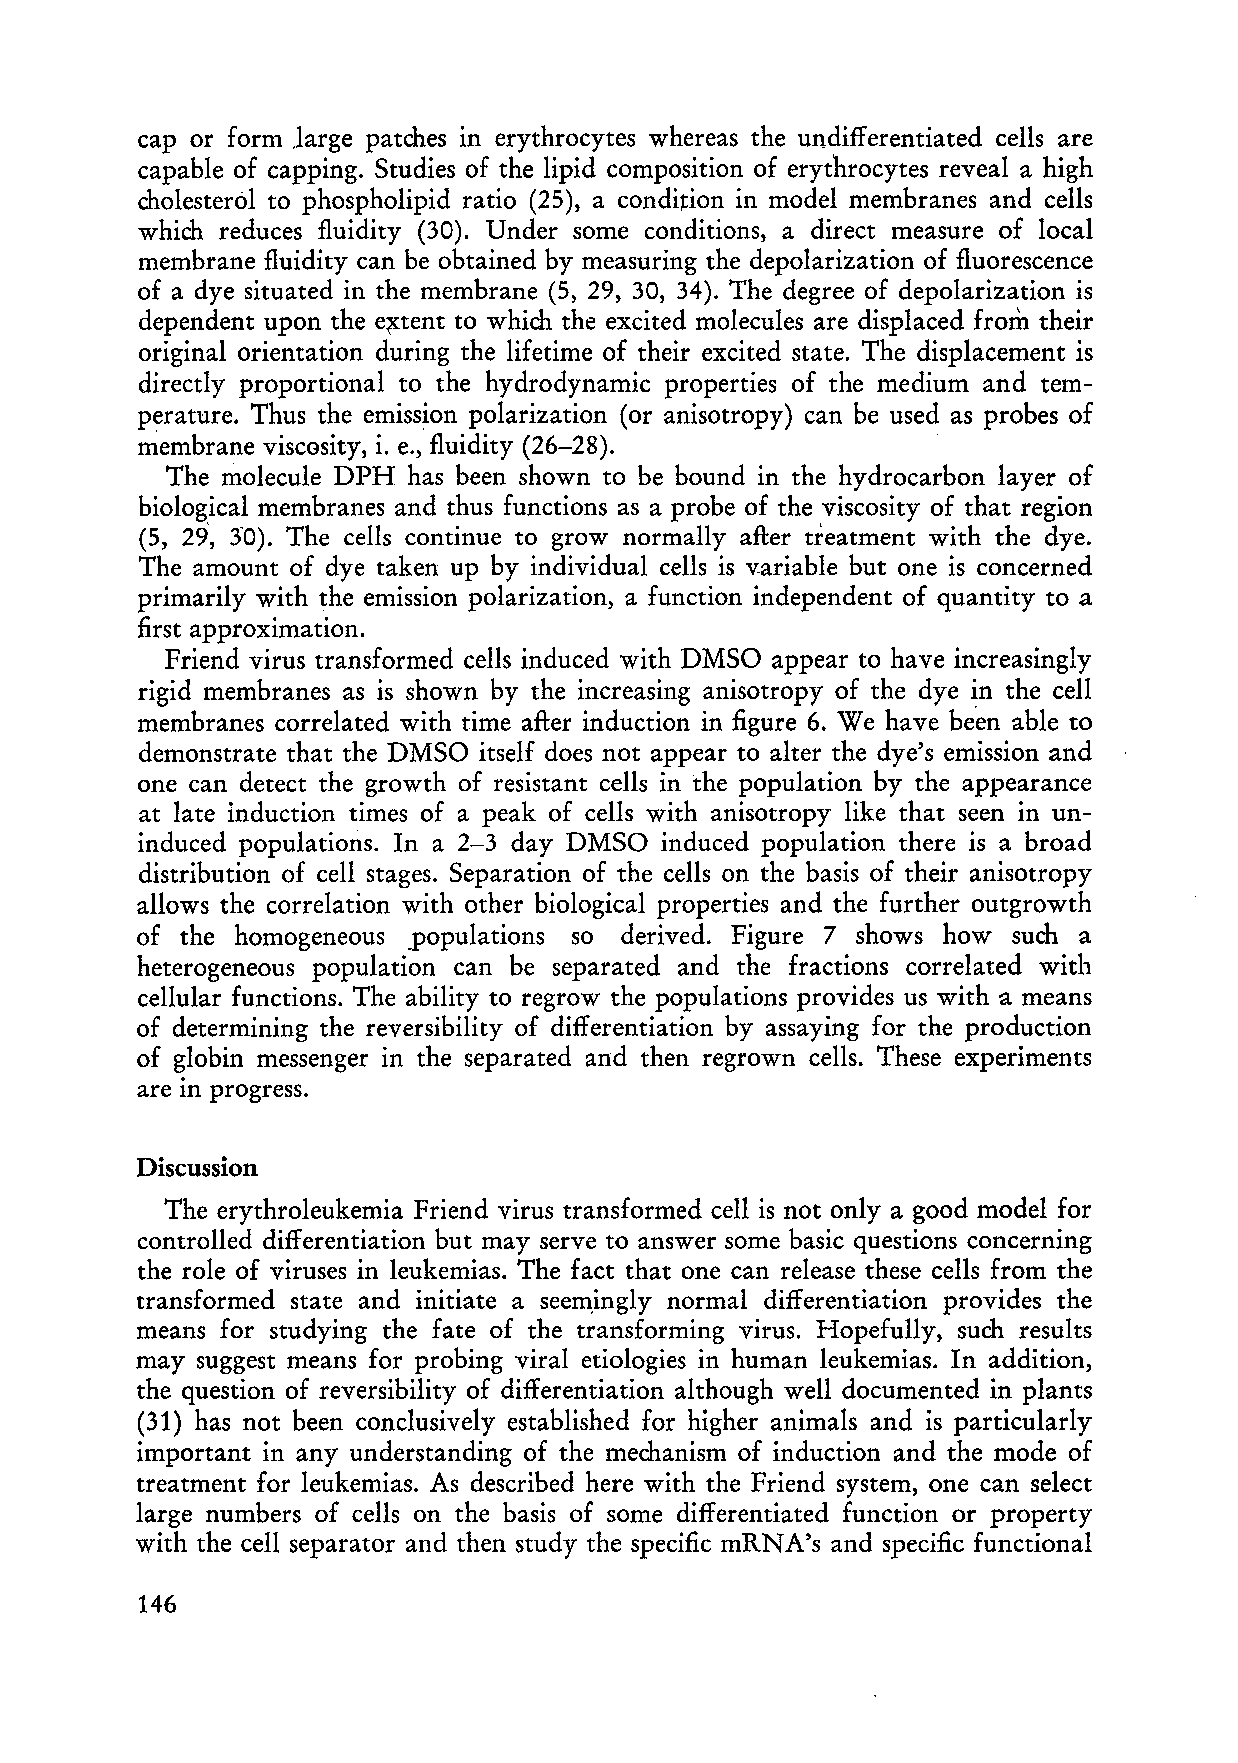
cap or form Jarge patches in erythrocytes whereas the undifferentiated cells are
 capable of capping. Studies of the lipid composition of erythrocytes reveal a high
 cholesterol to phospholipid ratio (25), a condition in model membranes and cells
 which reduces fluidity (30). Under some conditions, a direct measure of local
 membrane fluidity can be obtained by measuring the depolarization of fluorescence
 of a dye situated in the membrane (5, 29, 30, 34). The degree of depolarization is
 dependent upon the ef{tent to which the excited moleeules are displaced from their
 original orientation during the lifetime of their excited state. The displacement is
 directly proportional to the hydrodynamic properties of the medium and tem
 perature. Thus the emission polarization (or anisotropy) can be used as probes of
 membrane viscosity, i. e., fluidity (26-28).
 The moleeule DPH has been shown to be bound in the hydrocarbon layer of
 biological membranes and thus functions as a probe of the viscosity of that region
 (5, 29', 3"0). The cells continue to grow normally after treatment with the dye.
 The amount of dye taken up by individual cells is variable but one is concerned
 primarily with the emission polarization, a function independent of quantity to a
 first approximation.
 Friend virus transformed cells induced with DMSO appear to have increasingly
 rigid membranes as is shown by the increasing anisotropy of the dye in the cell
 membranes correlated with time after induction in figure 6. We have been able to
 demonstrate that the DMSO itself does not appear to alter the dye's emission and
 one can detect the growth of resistant cells in the population by the appearance
 at late induction times of a peak of cells with anisotropy like that seen in un
 induced populations. In a 2-3 day DMSO induced population there is a broad
 distribution of cell stages. Separation of the cells on the basis of their anisotropy
 allows the correlation with other biological properties and the further outgrowth
 of the homogeneous _populations so derived. Figure 7 shows how such a
 heterogeneous population can be separated and the fractions correlated with
 cellular functions. The ability to regrow the populations provides us with a means
 of determining the reversibility of differentiation by assaying for the production
 of globin messen ger in the separated and then regrown cells. These experiments
 are  progress.
 10
 Discussion
 The erythroleukemia Friend virus transformed cell is not only a good model for
 controlled differentiation but may serve to answer some basic questions concerning
 the role of viruses in leukemias. The fact that one can release these cells from the
 transformed state and initiate a seemingly normal differentiation provides the
 means for studying the fate of the transforming virus. HopefuIly, such results
 may suggest means for probing viral etiologies in human leukemias. In addition,
 the question of reversibility of differentiation although weIl documented in plants
 (31) has not been concIusively established for higher animals and is particularly
 important in any understanding of the mechanism of induction and the mode of
 treatment for leukemias. As described here with the Friend system, one can select
 large numbers of cells on the basis of some differentiated function or property
 with the cell separator and then study the specific mRNA's and specific functional
 146